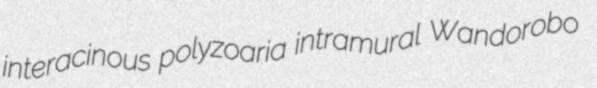
interacinous polyzoaria intramural Wandorobo